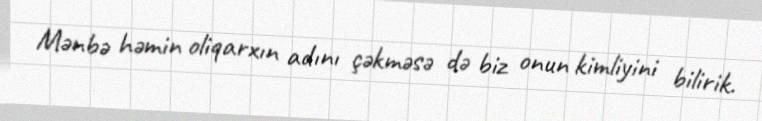
Mənbə həmin oliqarxın adını çəkməsə də biz onun kimliyini bilirik.